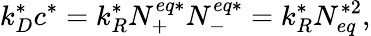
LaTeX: k_{D}^{*}c^{*}=k_{R}^{*}N_{+}^{eq*}N_{-}^{eq*}=k_{R}^{*}N_{eq}^{*2},